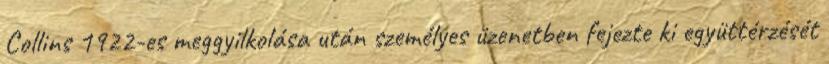
Collins 1922-es meggyilkolása után személyes üzenetben fejezte ki együttérzését